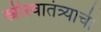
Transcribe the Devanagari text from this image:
स्त्रीस्वातंत्र्याची